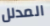
المدلل